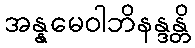
အန္နမေဝါဘိနန္ဒန္တိ